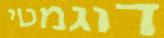
דוגמטי